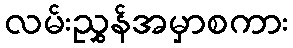
လမ်းညွှန်အမှာစကား